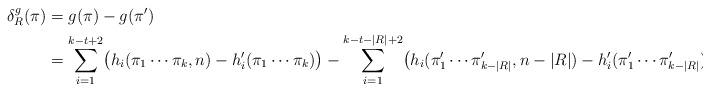
LaTeX: \begin{align*} \delta^g_R(\pi) &= g(\pi) - g(\pi') \\ &= \sum_{i=1}^{k-t+2} \bigl( h_i(\pi_1 \dotsm \pi_k, n) - h'_i(\pi_1 \dotsm \pi_k) \bigr) - \sum_{i=1}^{k-t-|R|+2} \bigl( h_i(\pi'_1 \dotsm \pi'_{k-|R|}, n-|R|) - h'_i(\pi'_1 \dotsm \pi'_{k-|R|}) \bigr) \\ \end{align*}